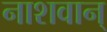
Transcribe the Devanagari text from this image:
नाशवान्‌